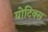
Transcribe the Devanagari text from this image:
योटिक्स